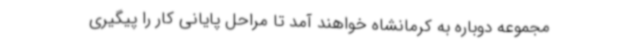
مجموعه دوباره به کرمانشاه خواهند آمد تا مراحل پایانی کار را پیگیری